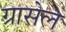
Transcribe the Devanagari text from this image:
ग्रासेल